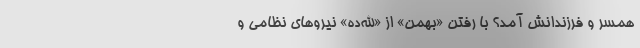
همسر و فرزندانش آمد؟ با رفتن «بهمن» از «الله‌ده» نیروهای نظامی و